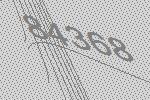
84368